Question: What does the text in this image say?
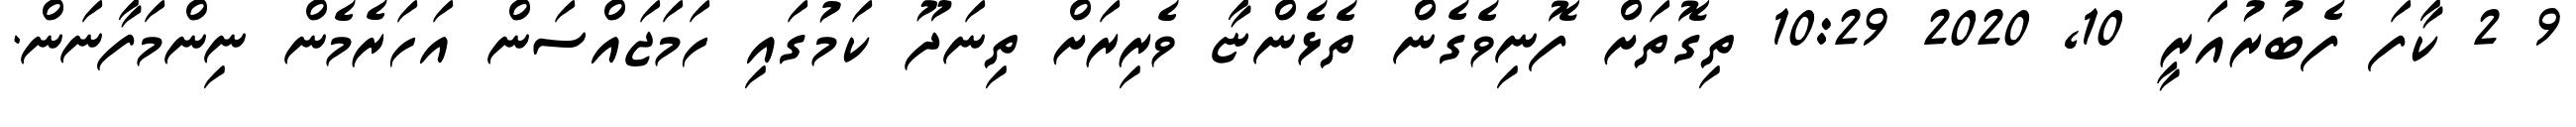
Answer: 9 2 ކާފަ ފެބުރުއަރީ 10, 2020 10:29 ތިގޮތަށް ފޮނިވެގެން ތެޅެންޏާ ވެރިރަށް ތިނަދޫ ކަމުގައި ހަމަޖައްސަން އަހަރެމެން ނިންމަފާނަން.